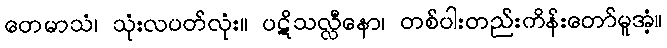
တေမာသံ၊ သုံးလပတ်လုံး။ ပဋိသလ္လီနော၊ တစ်ပါးတည်းကိန်းတော်မူအံ့။